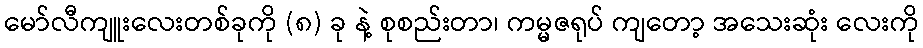
မော်လီကျူးလေးတစ်ခုကို (၈) ခု နဲ့ စုစည်းတာ၊ ကမ္မဇရုပ် ကျတော့ အသေးဆုံး လေးကို